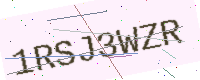
Text: 1RSJ3WZR